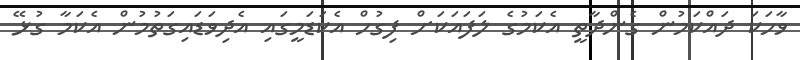
ވާހަކަ ދައްކަމުން ގެންދާތީ އެކަމުގެ ލަފައަކަށް ފިގުހް އެކަޑަމީގައި އެދިވަޑައިގަތުމުން އެކަމާ ގުޅޭ